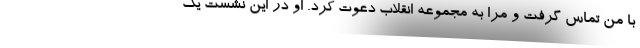
با من تماس گرفت و مرا به مجموعه انقلاب دعوت کرد. او در این نشست یک